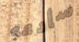
سأدعه